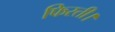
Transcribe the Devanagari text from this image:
फिरती।